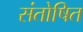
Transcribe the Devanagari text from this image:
संतोषित